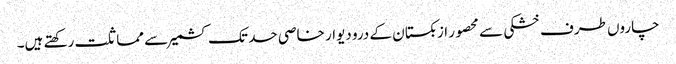
چاروں طرف خشکی سے محصور ازبکستان کے درو دیوار خاصی حد تک کشمیر سے مماثلت رکھتے ہیں۔